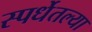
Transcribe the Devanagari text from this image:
स्पर्धेतल्या